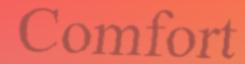
Comfort